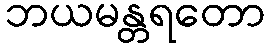
ဘယမန္တရတော